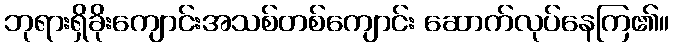
ဘုရားရှိခိုးကျောင်းအသစ်တစ်ကျောင်း ဆောက်လုပ်နေကြ၏။